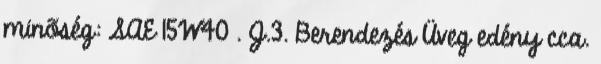
minõség: SAE 15W40 . J.3. Berendezés Üveg edény cca.